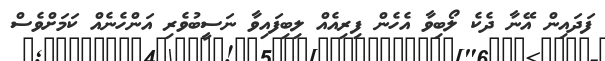
ފަދައިން އޭނާ ދެކެ ލޯބިވާ އެހެން ފިރިއެއް ލިބިފައިވާ ނަސީބުވެރި އަންހެނެއް ކަމަށްވެސް